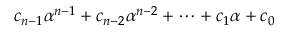
c _ { n - 1 } \alpha ^ { n - 1 } + c _ { n - 2 } \alpha ^ { n - 2 } + \cdots + c _ { 1 } \alpha + c _ { 0 }